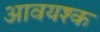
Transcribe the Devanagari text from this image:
आवयश्क